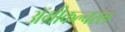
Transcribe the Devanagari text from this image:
ॲग्रीकल्चरल